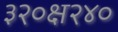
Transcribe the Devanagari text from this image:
३२०क्ष२४०